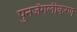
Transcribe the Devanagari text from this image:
पुनर्जंगलीकरण